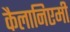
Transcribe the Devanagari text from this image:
कैलानिएमी